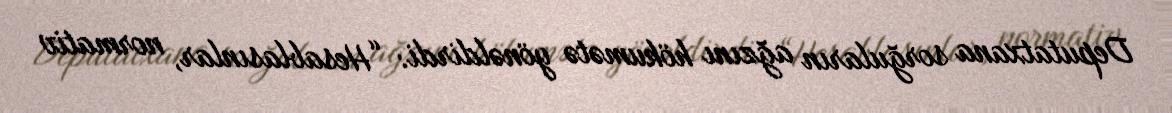
Deputatxana sorğuların ağzını hökumətə yönəldirdi: “Hesablasınlar, normativ